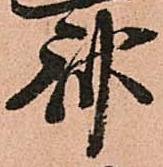
斎